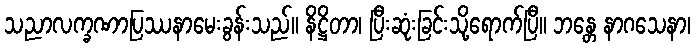
သညာလက္ခဏာပြဿနာမေးခွန်းသည်။ နိဋ္ဌိတာ၊ ပြီးဆုံးခြင်းသို့ရောက်ပြီ။ ဘန္တေ နာဂသေနာ၊